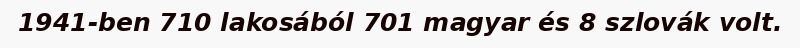
1941-ben 710 lakosából 701 magyar és 8 szlovák volt.